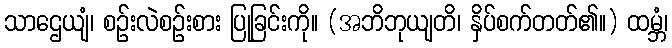
သာဌေယျံ၊ စဉ်းလဲစဉ်းစား ပြုခြင်းကို။ (အဘိဘုယျတိ၊ နှိပ်စက်တတ်၏။) ထမ္ဘံ၊